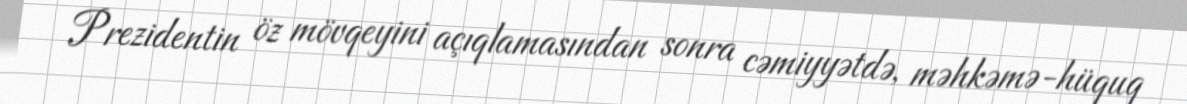
Prezidentin öz mövqeyini açıqlamasından sonra cəmiyyətdə, məhkəmə-hüquq